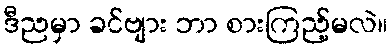
ဒီညမှာ ခင်ဗျား ဘာ စားကြည့်မလဲ။